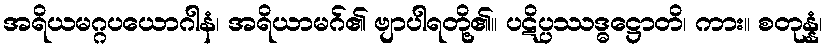
အရိယမဂ္ဂပယောဂါနံ၊ အရိယာမဂ်၏ ဗျာပါရတို့၏။ ပဋိပ္ပဿဒ္ဓဋ္ဌောတိ၊ ကား။ စတုန္နံ၊